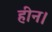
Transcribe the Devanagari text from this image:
हीन।